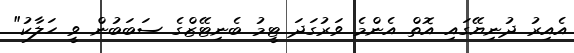
އެއިރު ދުނިޔޭގައި އޮތް އެންމެ ވަރުގަދަ ޓީމު ބެނިޓޭޒްގެ ސަބަބުން ވީ ހަލާކު"